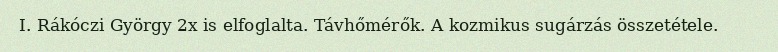
I. Rákóczi György 2x is elfoglalta. Távhőmérők. A kozmikus sugárzás összetétele.